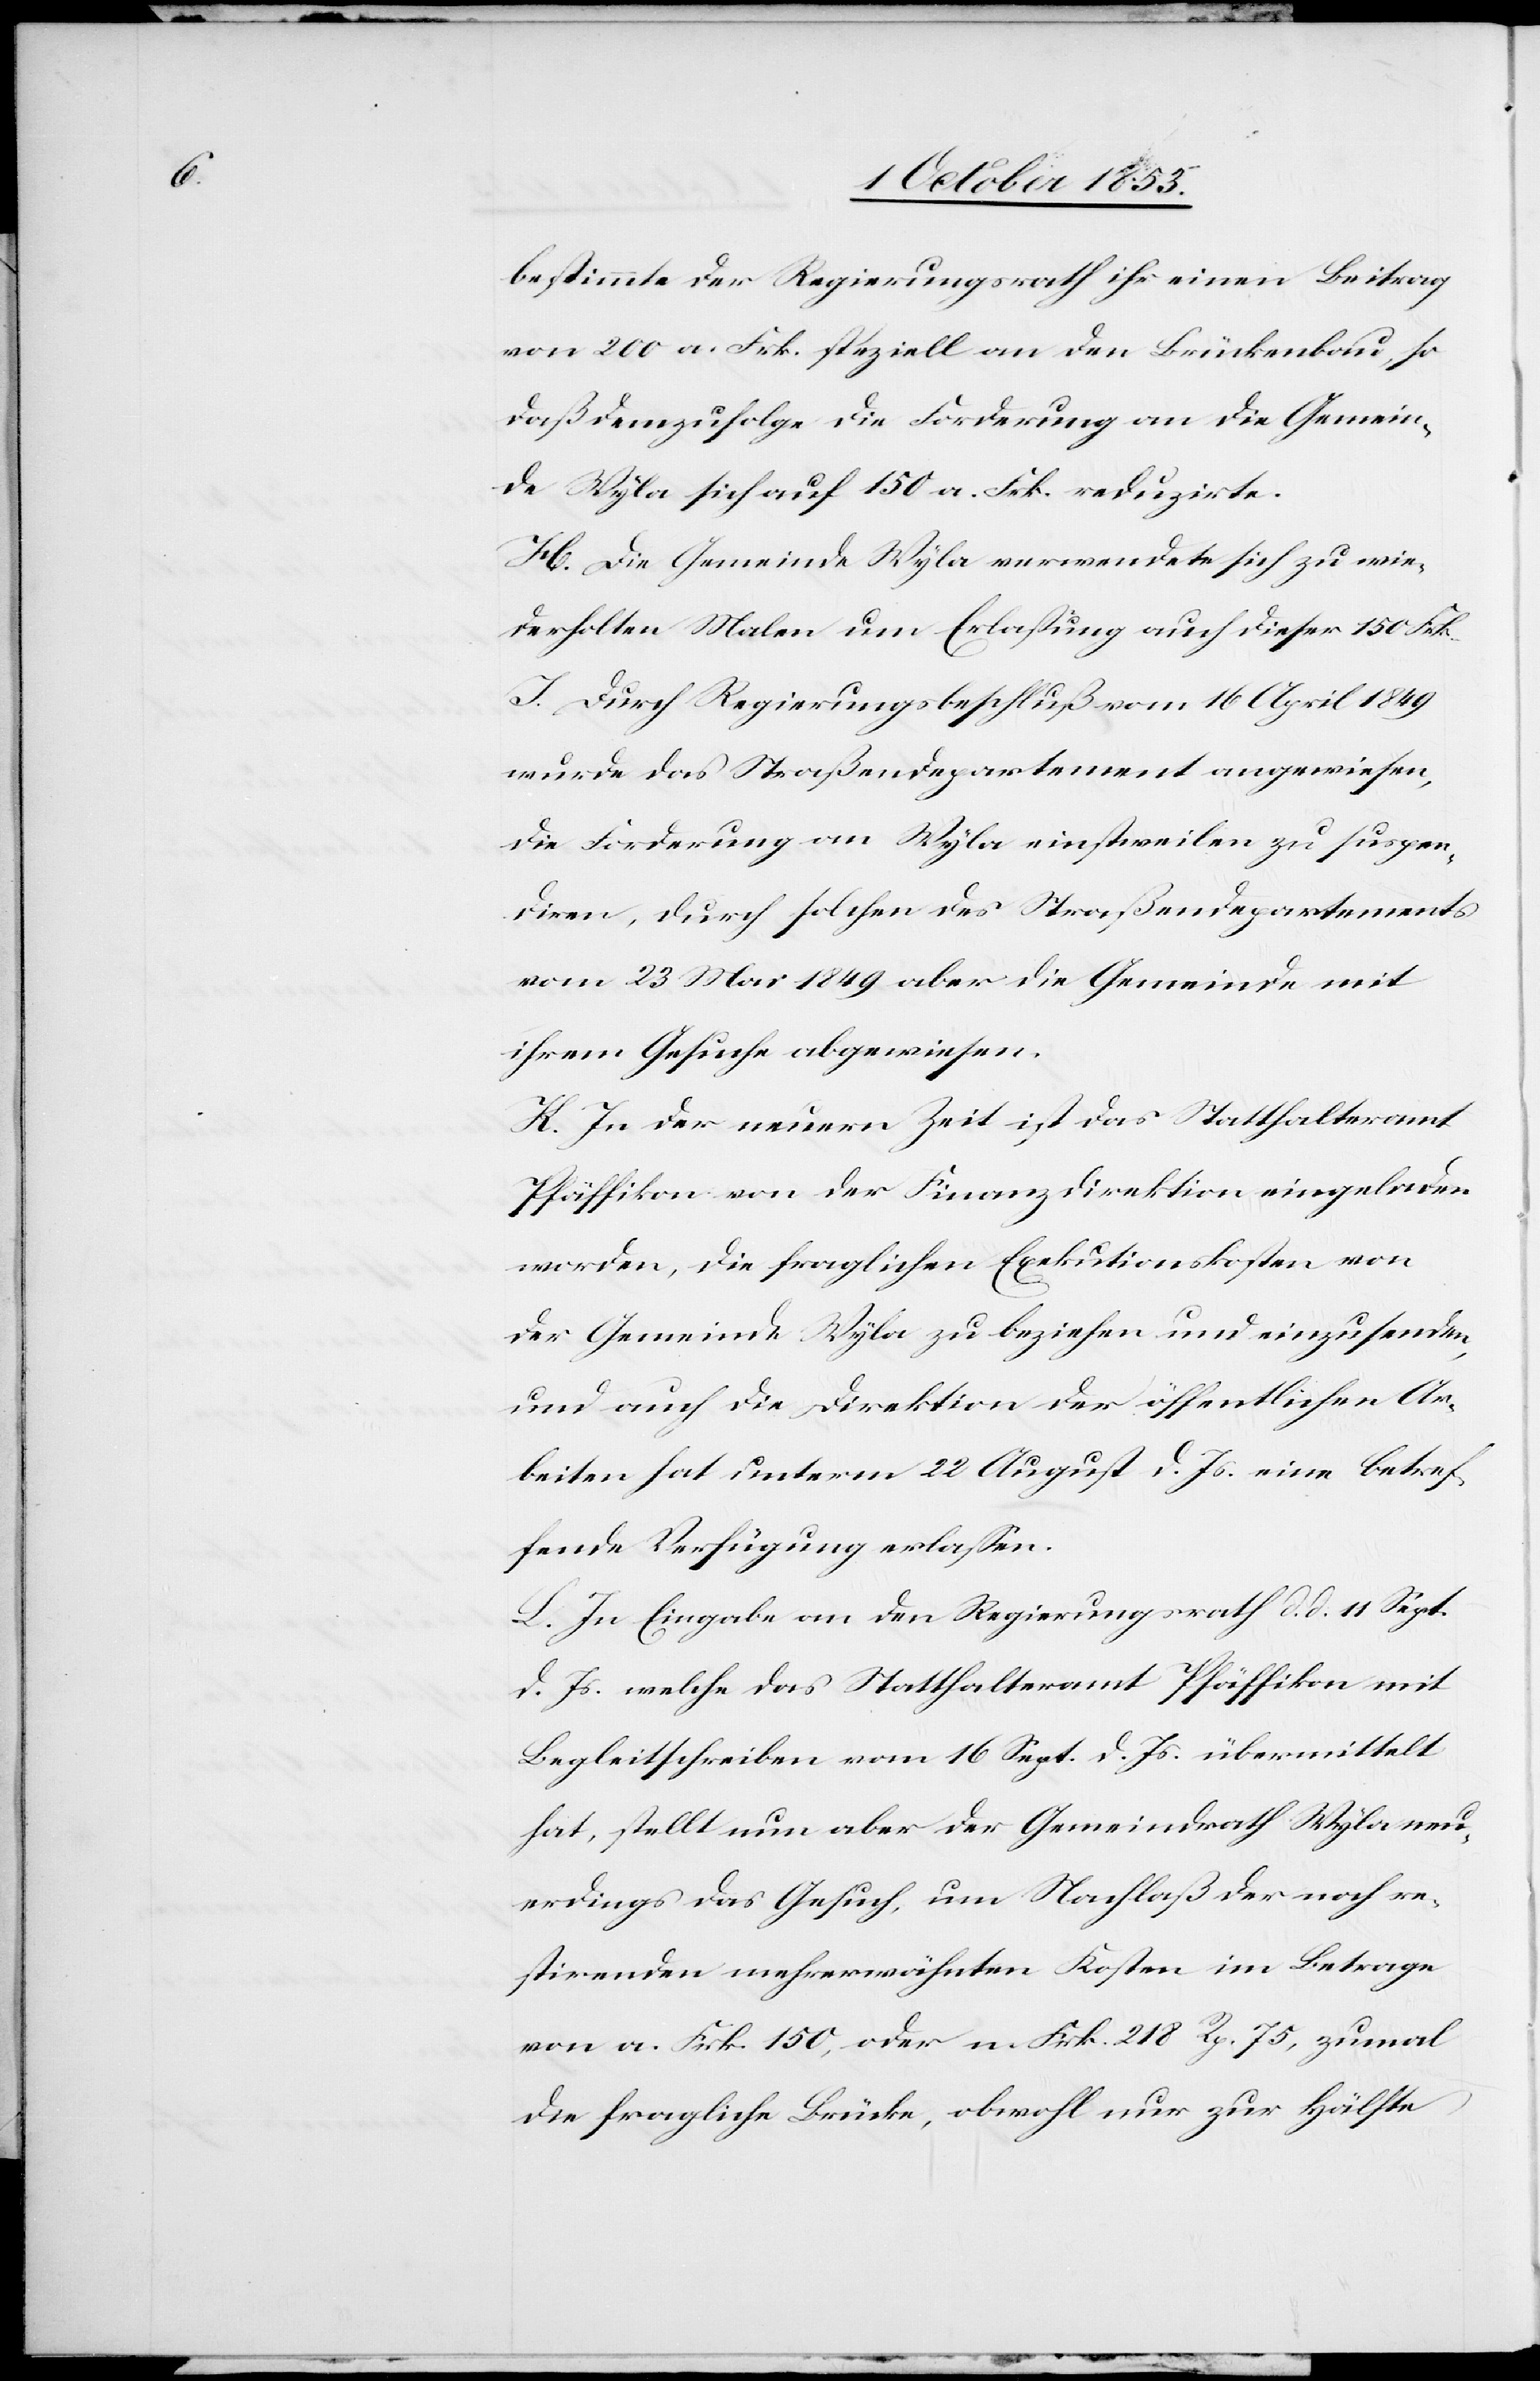
bestimmte der Regierungsrath ihr einen Beitrag
von 200 a. Frk. speziell an den Brückenbau, so
daß demzufolge die Forderung an die Gemein¬
de Wyla sich auf 150 a. Frk. reduzirte.
H. Die Gemeinde Wyla verwendete sich zu wie¬
derholten Malen um Erlaßung auch dieser 150 Frk.
J. Durch Regierungsbeschluß vom 16 April 1849
wurde das Straßendepartement angewiesen,
die Forderung an Wyla einstweilen zu suspen¬
diren, durch solchen des Straßendepartements
vom 23 Mai 1849 aber die Gemeinde mit
ihrem Gesuche abgewiesen.
K. In der neuern Zeit ist das Statthalteramt
Pfäffikon von der Finanzdirektion eingeladen
worden, die fraglichen Exekutionskosten von
der Gemeinde Wyla zu beziehen und einzusenden,
und auch die Direktion der öffentlichen Ar¬
beiten hat unterm 23 August d. Js. eine betref¬
fende Verfügung erlaßen.
L. In Eingabe an den Regierungsrath d. d. 11 Sept.
d. Js. welche das Statthalteramt Pfäffikon mit
Begleitschreiben vom 16 Sept. d. Js. übermittelt
hat, stellt nun aber der Gemeindrath Wyla neu¬
erdings das Gesuch, um Nachlaß der noch re¬
stirenden mehrerwähnten Kosten im Betrage
von a. Frk. 150, oder n. Frk. 218 Rp. 75, zumal
die fragliche Brücke, obwohl nur zur Hälfte